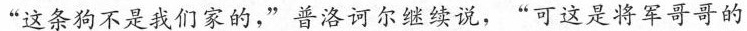
“这条狗不是我们家的,”普洛诃尔继续说，“可这是将军哥哥的